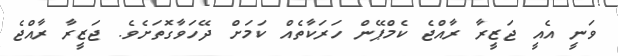
ވަނީ އެއީ ޖަޒީރާ ރާއްޖެ ކެމްޕޭން ހަރަކާތެއް ކަމަށް ދޭހަވާގޮތަށެވެ. ޖަޒީރާ ރާއްޖެ